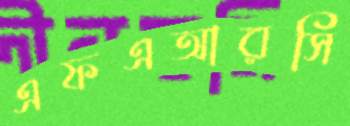
এফএআরসি